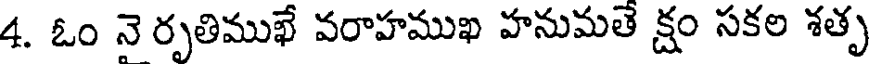
4. ఓం నె రృతిముఖే వరాహముఖ హనుమతే క్షం సకల శతృ